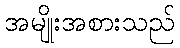
အမျိုးအစားသည်